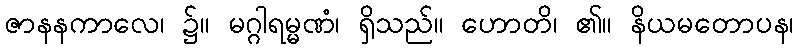
ဇာနနကာလေ၊ ၌။ မဂ္ဂါရမ္မဏံ၊ ရှိသည်။ ဟောတိ၊ ၏။ နိယမတောပန၊